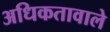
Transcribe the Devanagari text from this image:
अधिकतावाले